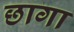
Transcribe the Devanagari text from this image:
छागा